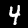
Label: 4